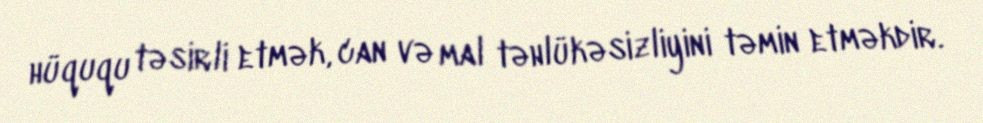
hüququ təsirli etmək, can və mal təhlükəsizliyini təmin etməkdir.